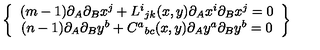
\left\{ \begin{array} { c } { ( m - 1 ) \partial _ { A } \partial _ { B } x ^ { j } + L ^ { i } { } _ { j k } ( x , y ) \partial _ { A } x ^ { i } \partial _ { B } x ^ { j } = 0 } \\ { ( n - 1 ) \partial _ { A } \partial _ { B } y ^ { b } + C ^ { a } { } _ { b c } ( x , y ) \partial _ { A } y ^ { a } \partial _ { B } y ^ { b } = 0 } \\ \end{array} \right\}